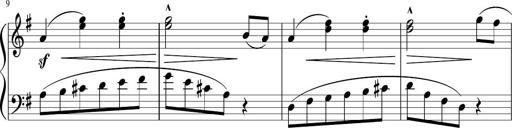
Title: 3 Sonatinen
Composer: Heinrich Lichner